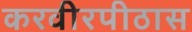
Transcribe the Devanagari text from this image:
करवीरपीठास